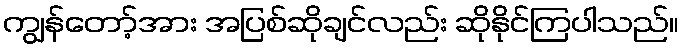
ကျွန်တော့်အား အပြစ်ဆိုချင်လည်း ဆိုနိုင်ကြပါသည်။